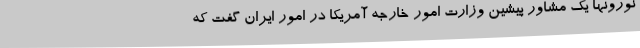
نورونها یک مشاور پیشین وزارت امور خارجه آمریکا در امور ایران گفت که